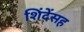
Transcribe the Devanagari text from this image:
शिंदेंसह